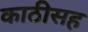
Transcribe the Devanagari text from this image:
काठीसह